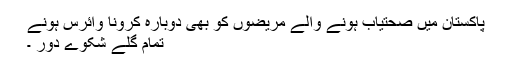
پاکستان میں صحتیاب ہونے والے مریضوں کو بھی دوبارہ کرونا وائرس ہونے
تمام گلے شکوے دور ۔